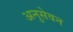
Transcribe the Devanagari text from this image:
अनुसेवन